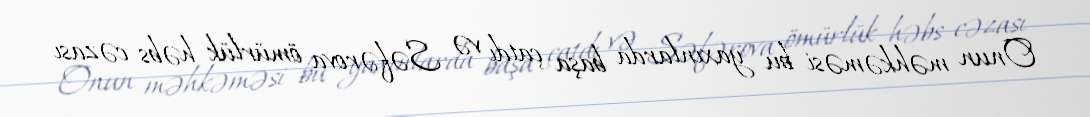
Onun məhkəməsi bu yaxınlarda başa çatdı və Səfərova ömürlük həbs cəzası